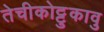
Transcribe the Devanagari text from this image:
तेचीकोट्टुकावु